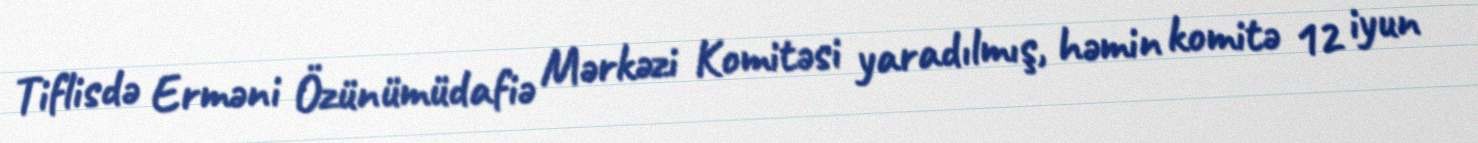
Tiflisdə Erməni Özünümüdafiə Mərkəzi Komitəsi yaradılmış, həmin komitə 12 iyun